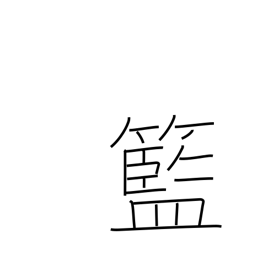
Meaning: basket